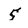
Character: 5